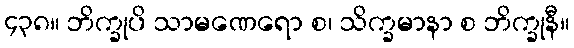
၄၃၈။ ဘိက္ခုပိ သာမဏေရော စ၊ သိက္ခမာနာ စ ဘိက္ခုနီ။